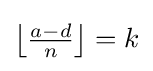
{\textstyle \left\lfloor {\frac {a-d}{n}}\right\rfloor =k}